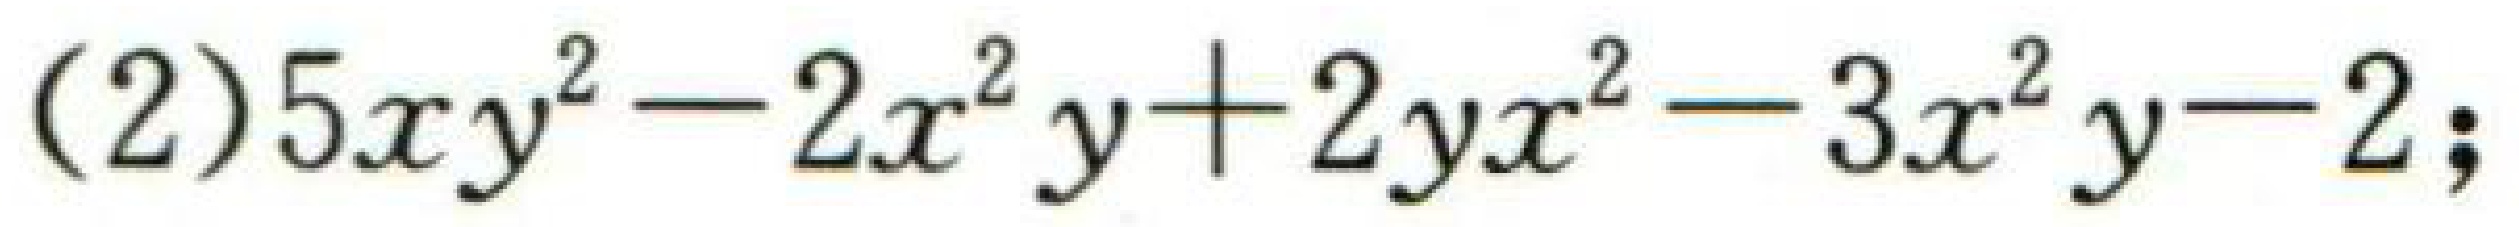
(2)$5xy^{2}-2x^{2}y + 2yx^{2}-3x^{2}y-2$;